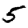
Digit: 5